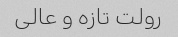
رولت تازه و عالی